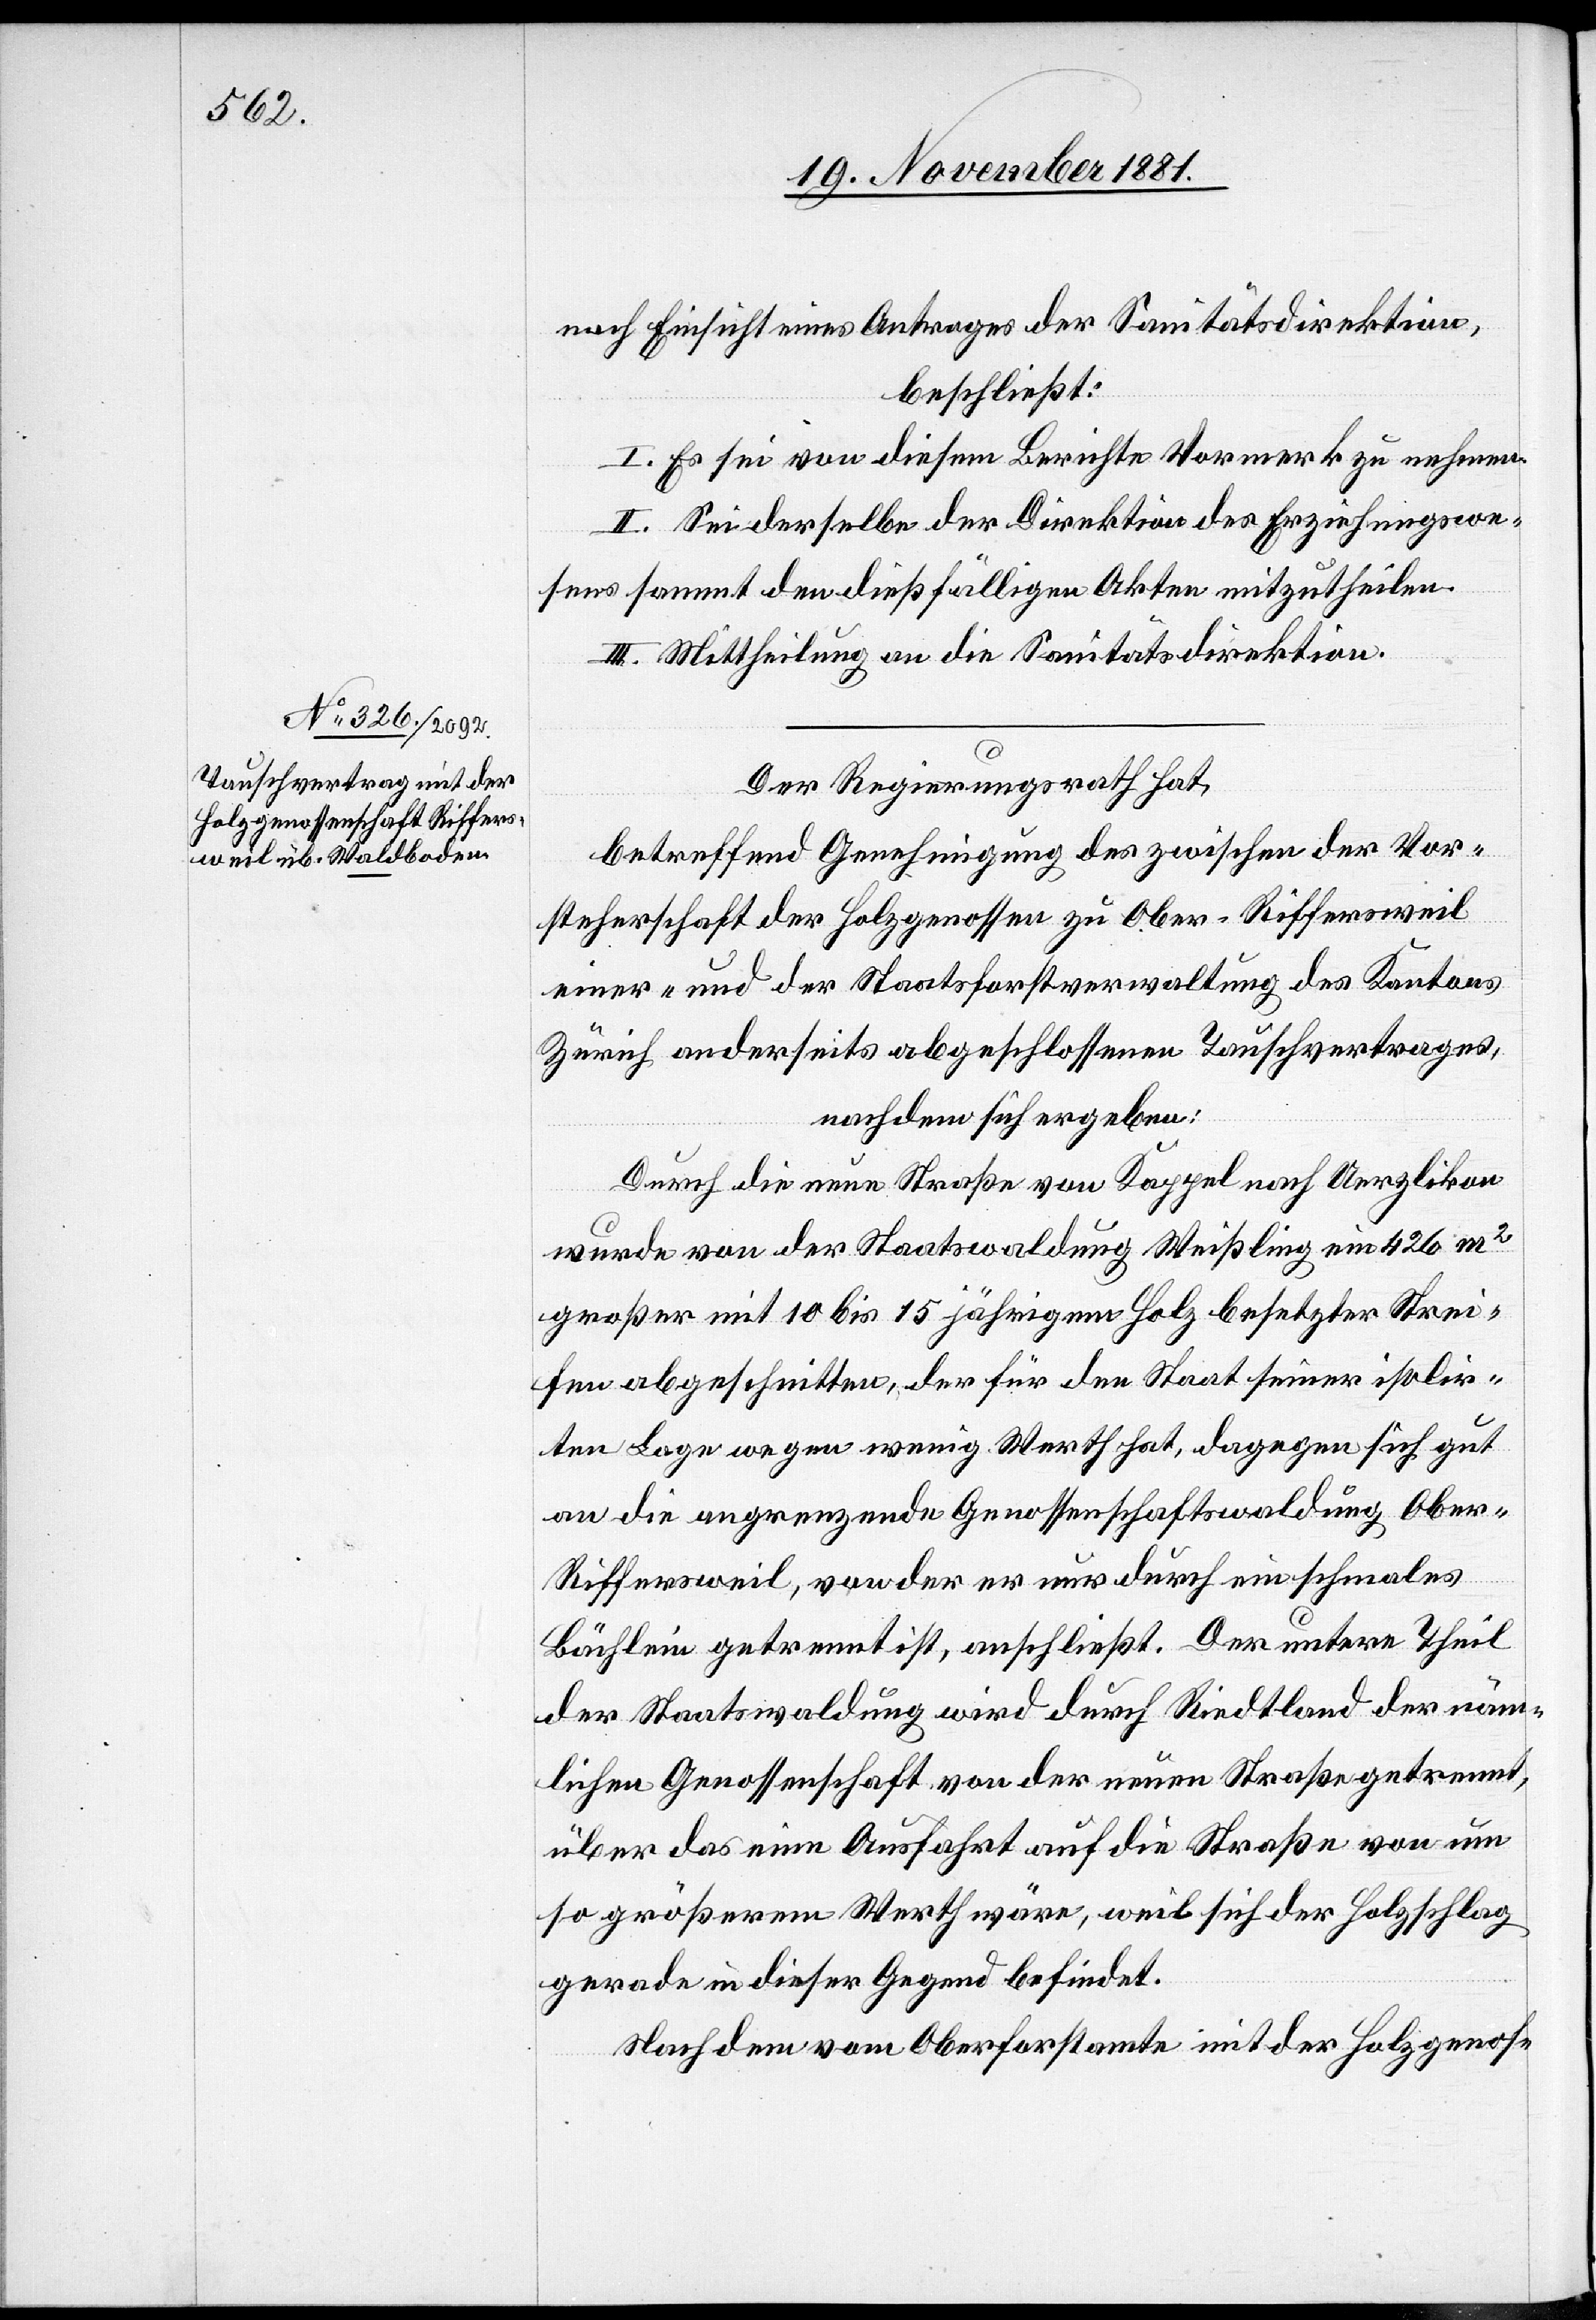
nach Einsicht eines Antrages der Sanitätsdirektion,
beschließt:
I. Es sei von diesem Berichte Vormerk zu nehmen.
II. Sei derselbe der Direktion des Erziehungswe¬
sens sammt den dießfälligen Akten mitzutheilen.
III. Mittheilung an die Sanitätsdirektion.
Der Regierungsrath hat,
betreffend Genehmigung des zwischen Vor¬
steherschaft der Holzgenossen zu Ober-Riffersweil
einer- und der Staatsforstverwaltung des Kantons
Zürich anderseits abgeschlossenen Tauschvertrages,
nachdem sich ergeben:
Durch die neue Straße von Kappel nach Uerzlikon
wurde von der Staatswaldung Weißling ein 426 m2
großer mit 10 bis 15 jährigem Holz besetzter Strei¬
fen abgeschnitten, der für den Staat seiner isolir¬
ten Lage wegen wenig Werth hat, dagegen sich gut
an die angrenzende Genossenschaftswaldung Ober-R¬
iffersweil, von der er nur durch ein schmales
Bächlein getrennt ist, anschließt. Der untere Theil
der Staatswaldung wird durch Riedtland der näm¬
lichen Genossenschaft von der neuen Straße getrennt,
über das eine Ausfahrt auf die Straße von um
so größerem Werth wäre, weil sich der Holzschlag
gerade in dieser Gegend befindet.
Nachdem vom Oberforstamt mit der Holzgenos-